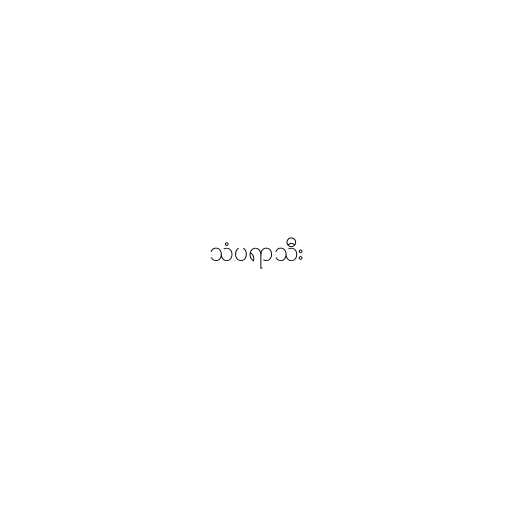
သံပရာသီး